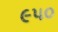
૯૫૦